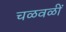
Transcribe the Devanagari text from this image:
चळवळीं